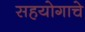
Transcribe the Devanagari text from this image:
सहयोगाचे